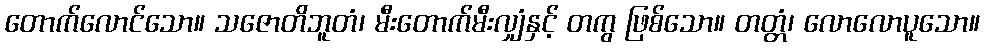
တောက်လောင်သော။ သဇောတိဘူတံ၊ မီးတောက်မီးလျှံနှင့် တကွ ဖြစ်သော။ တတ္တံ၊ လောလောပူသော။